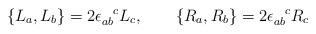
\begin{align*}\{ L_a ,L_b \} = 2\epsilon_{ab}^{\phantom{ab}c} L_c, \qquad\{R_a,R_b \} = 2\epsilon_{ab}^{\phantom{ab}c} R_c\end{align*}